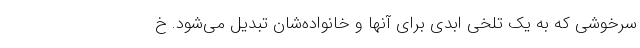
سرخوشی که به یک تلخی ابدی برای آنها و خانواده‌شان تبدیل می‌شود. خ